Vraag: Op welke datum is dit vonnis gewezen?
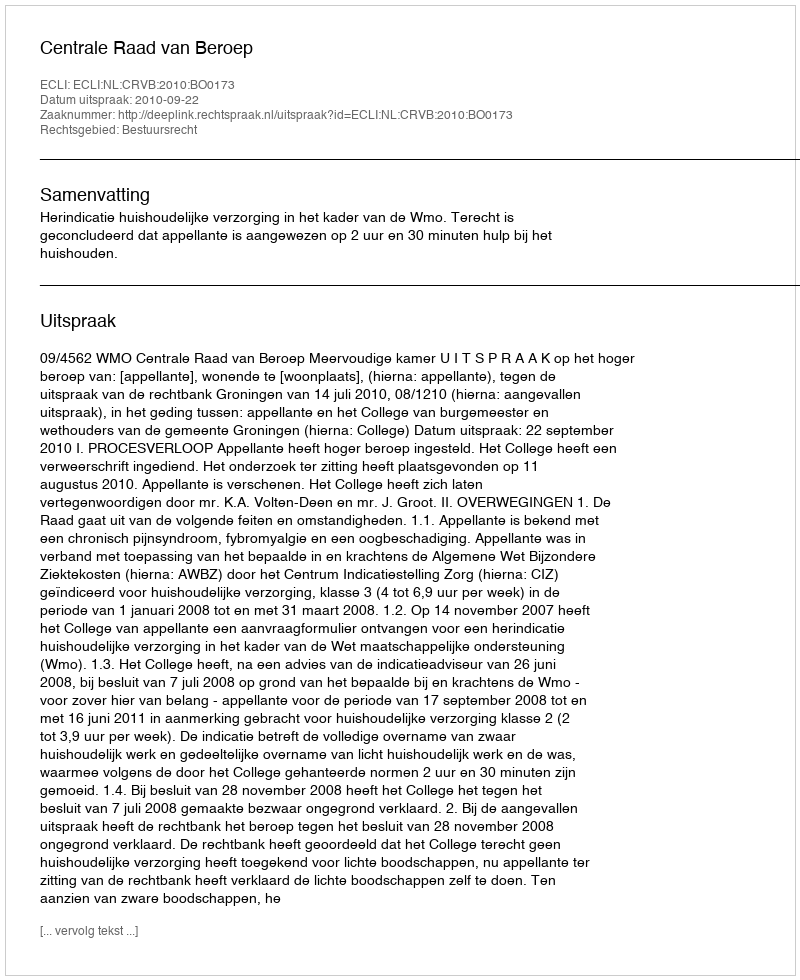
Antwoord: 2010-09-22